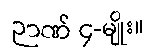
ဉာဏ် ၄-မျိုး။